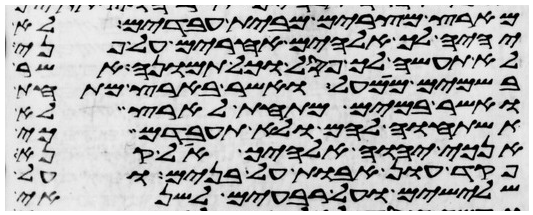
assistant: מארץ מצרים מבית עבדים לא
יהיה לך אלהים אחרים על פני
לא תעשה לך פסל וכל תמונה אשר
בשמים ממעל ואשר בארץ מתחת
ואשר במים מתחת לארץ לא
תשתחוה להם ולא תעבדם כי
אנכי יהוה אלהיך אל קנא
פקד עון אבות על בנים ועל
שלישים ועל רביעים לשנאי